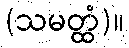
(သမတ္ထံ)။